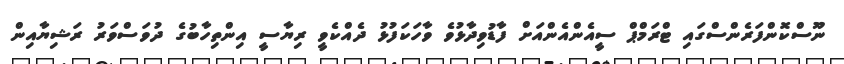
ނޫސްކޮންފަރެންސްގައި ޓްރަމްޕް ސީއެންއެންއަށް ފާޑުވިދާޅުވެ ވާހަކަފުޅު ދެއްކެވީ ރިޔާސީ އިންތިހާބުގެ ދުވަސްވަރު ރަޝިޔާއިން